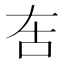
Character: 𠯛